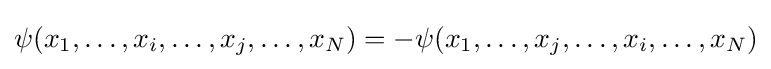
\psi (x_{1},\dots ,x_{i},\dots ,x_{j},\dots ,x_{N})=-\psi (x_{1},\dots ,x_{j},\dots ,x_{i},\dots ,x_{N})